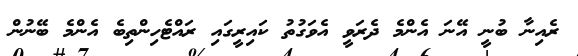
ރެއިނާ ބުނީ އޭނަ އެންމެ ދެރަވީ އެވަގުތު ކައިރީގައި ރައްޓެހިންތިބެ އެންމެ ބޭނުން